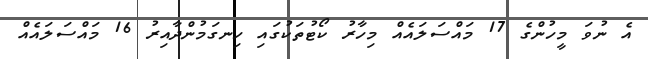
އެ ނުވަ މީހުންގެ 17 މައްސަލައެއް މިހާރު ކޯޓުތަކުގައި ހިނގަމުންދާއިރު 16 މައްސަލައެއް